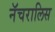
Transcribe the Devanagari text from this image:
नॅचरालिस